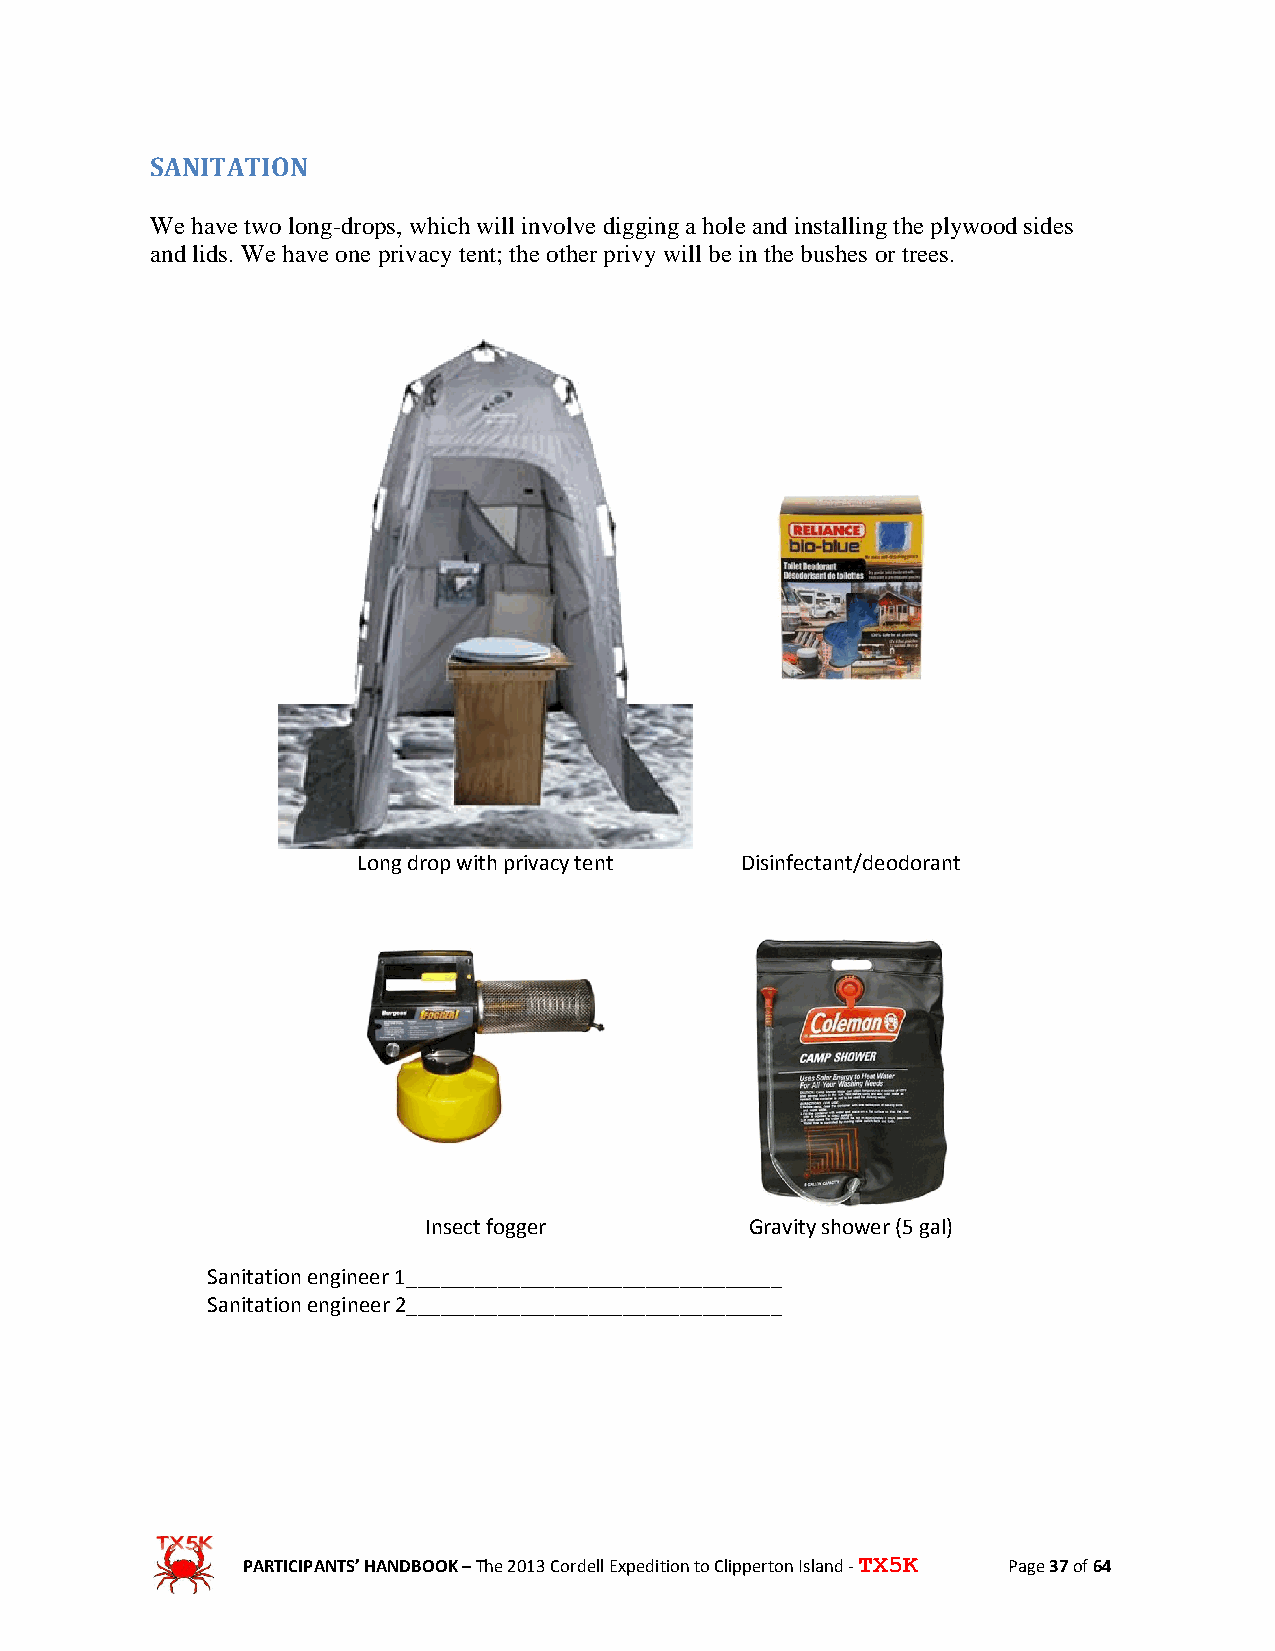
SANITATION
 We have two long-drops, which will involve digging a hole and installing the plywood sides
 and lids. We have one privacy tent; the other privy will be in the bushes or trees.
 Long drop with privacy tent Disinfectant/deodorant
 Insect fogger         Gravity shower (5 gal)
 Sanitation engineer 1_________________________________
 Sanitation engineer 2_________________________________
 PARTICIPANTS’ HANDBOOK – The 2013 Cordell Expedition to Clipperton Island - TX5K Page 37 of 64